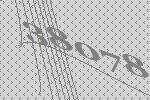
38078